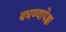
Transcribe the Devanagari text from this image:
बघण्यापेक्षा